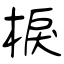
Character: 棙